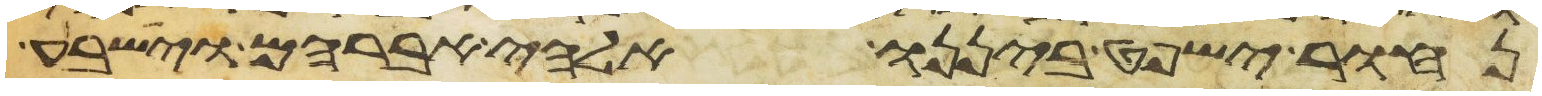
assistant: נחור ישפט ביננו אלהי אברהם וישבע